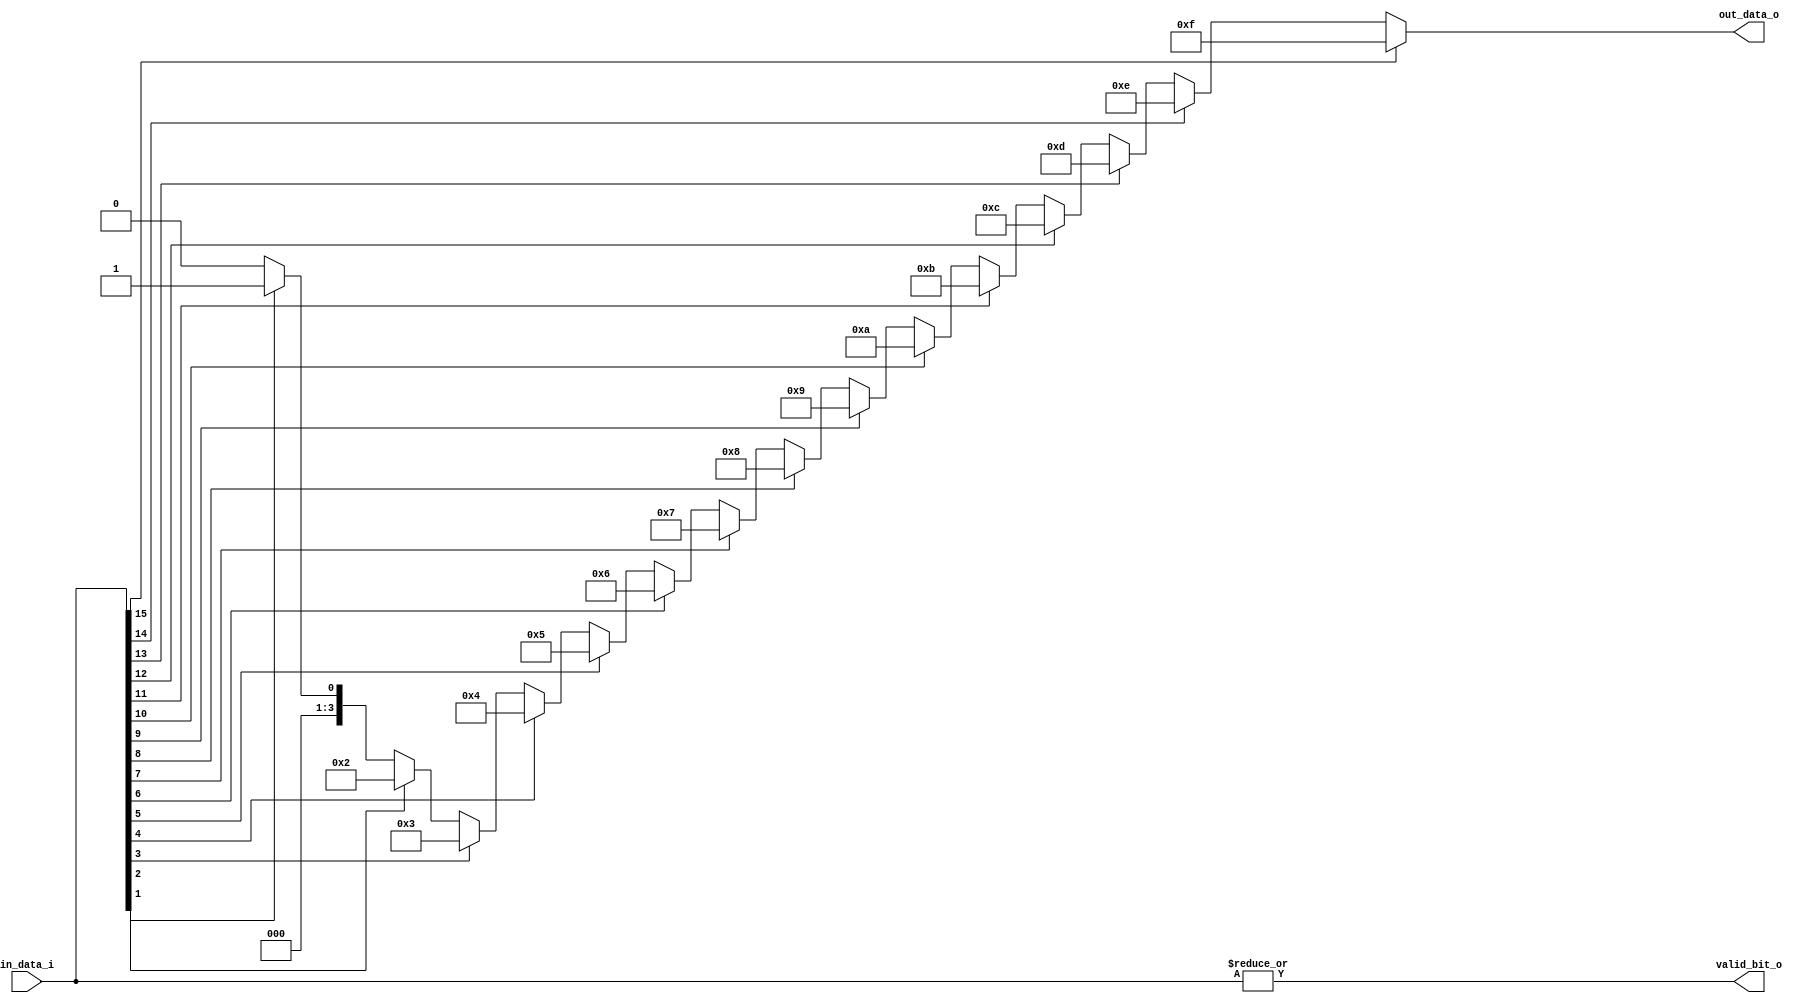
module PriorityEncoder
#(
	parameter IN_DSIZE  = 16 ,
	parameter OUT_DSIZE = 4
)
(
	input      [IN_DSIZE-1:0]	in_data_i 	,

	output 						valid_bit_o ,
	output reg [OUT_DSIZE-1:0] 	out_data_o
);
	
	integer i;

	//LOGIC
	//--------------------------------------------------//
	assign valid_bit_o = (|in_data_i);
	always @ (*) begin
		out_data_o = 0;
		for (i = 0; i < IN_DSIZE; i=i+1) begin
			if (in_data_i[i] == 1'b1) begin
				out_data_o = i;
			end
		end
	end


endmodule